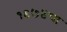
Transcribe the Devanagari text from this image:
१९७४चा